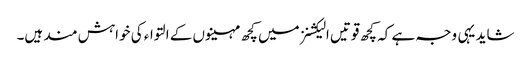
شاید یہی وجہ ہے کہ کچھ قوتیں الیکشنز میں کچھ مہینوں کے التواء کی خواہش مند ہیں۔